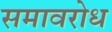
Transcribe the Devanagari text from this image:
समावरोध